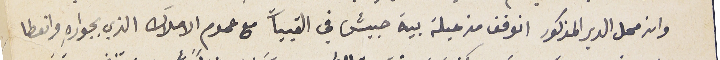
وان محل الدير المذكور انوقف من عيلة بية حبيش في القبيات مع عموم الاملاك الذي بجوارهِ وانعطا